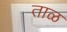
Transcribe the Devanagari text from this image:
ताळ